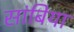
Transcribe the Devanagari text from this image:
सांबिया